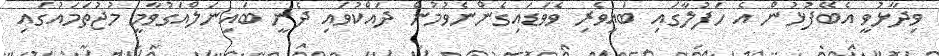
ވިދާޅުވީ އެބޭފުޅުން އެ ހަފުލާގައި ބައިވެރި ވެވަޑައިގެންނެވުމުން ދައްކުވައި ދެނީ ބައިނަލްއަގުވާމީ މުޖުތަމައުގައި